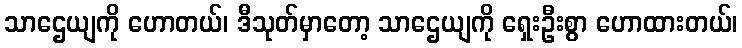
သာဌေယျကို ဟောတယ်၊ ဒီသုတ်မှာတော့ သာဌေယျကို ရှေးဦးစွာ ဟောထားတယ်၊